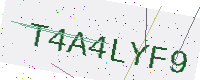
Text: T4A4LYF9